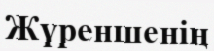
Жүреншенің